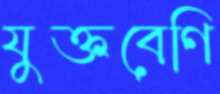
যুক্তবেণি